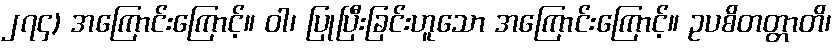
၂၇၄) အကြောင်းကြောင့်။ ဝါ၊ ပြုပြီးခြင်းဟူသော အကြောင်းကြောင့်။ ဥပစိတတ္တာတိ၊